Lunatic asylums Central Provinces reports 1895-1909 - 1895-1909
Year: 1895
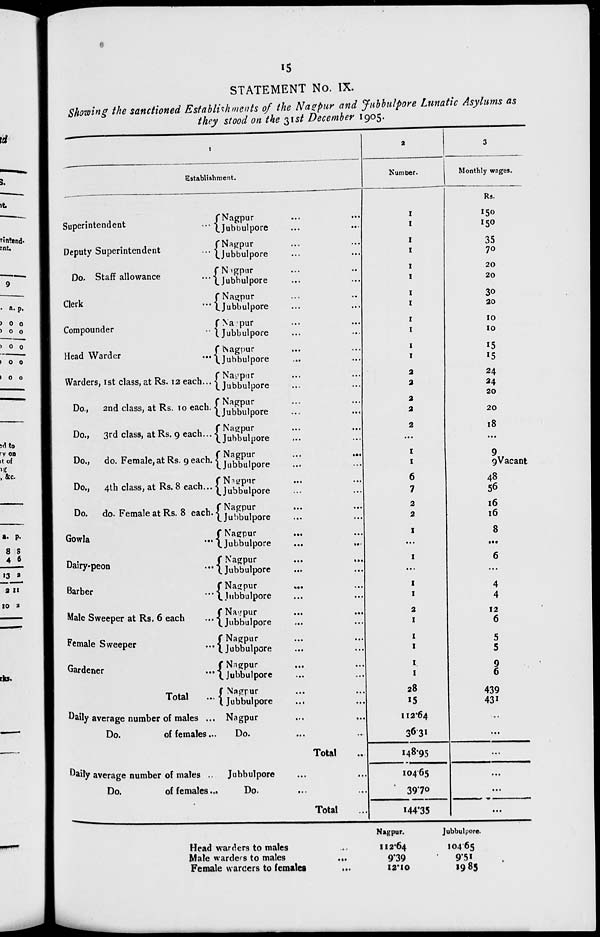
15
STATEMENT No. IX.
Showing the sanctioned Establishments of the Nagpur and Jubbulpore Lunatic Asylums as
they stood on the 31st December 1905.
1
Establishment.
Superintendent ...
Deputy Superintendent ...
Do, Staff allowance ...
Clerk ...
Compounder ...
Head Warder ...
Warders, 1st class, at Rs. 12 each ...
Do., 2nd class, at Rs. 10 each.
Do., 3rd class, at Rs. 9 each ...
Do., do. Female, at Rs. 9 each.
Do., 4th class, at Rs. 8 each ...
Do. do. Female at Rs. 8 each.
Gowla
...
Dairy-peon
...
Barber
...
Male Sweeper at Rs. 6 each
...
Female Sweeper
...
Gardener
...
Total
...
Daily average number of males ...
Do.
of females...
Nagpur ... ...
Jubbulpore ... ...
Nagpur ... ...
Jubbulpore ... ...
Nagpur ... ...
Jubbulpore ... ...
Nagpur ... ...
Jubbulpore ... ...
Nagpur ... ...
Jubbulpore ... ...
Nagpur ... ...
Jubbulpore ... ...
Nagpur ... ...
Jubbulpore ... ...
Nagpur ... ...
Jubbulpore ... ...
Nagpur ... ...
Jubbulpore ... ...
Nagpur ... ...
Jubbulpore ... ...
Nagpur ... ...
Jubbulpore ... ...
Nagpur ... ...
Jubbulpore ... ...
Nagpur ... ...
Jubbulpore ... ...
Nagpur ... ...
Jubbulpore ... ...
Nagpur ... ...
Jubbulpore ... ...
Nagpur ... ...
Jubbulpore ... ...
Nagpur ... ...
Jubbulpore ... ...
Nagpur ... ...
Jubbulpore ... ...
Nagpur ... ...
Jubbulpore ... ...
Nagpur ... ...
Do.
...
...
Total ...
Daily average number of males ...
Do.
of females ...
Jubbulpore ... ...
Do. ... ...
Total ...
2
Number.
1
1
1
1
1
1
1
1
1
1
1
1
2
2
2
2
2
...
1
1
6
7
2
2
1
...
1
...
1
1
2
1
1
1
1
1
28
15
112.64
36.31
148.95
104.65
39.70
144.35
3
Monthly wages.
Rs.
150
150
35
70
20
20
30
20
10
10
15
15
24
24
20
20
18
...
9
9Vacant
48
56
16
16
8
...
6
...
4
4
12
6
5
5
9
6
439
431
...
...
...
...
...
...
Head warders to males ...
Male warders to males
...
Female warders to females ...
Nagpur.
112.64
9.39
12.10
Jubbulpore.
104.65
9.51
19.85